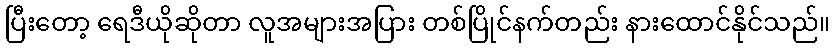
ပြီးတော့ ရေဒီယိုဆိုတာ လူအများအပြား တစ်ပြိုင်နက်တည်း နားထောင်နိုင်သည်။